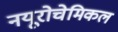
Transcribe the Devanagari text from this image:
नयूरोचेमिकल